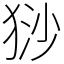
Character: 猀